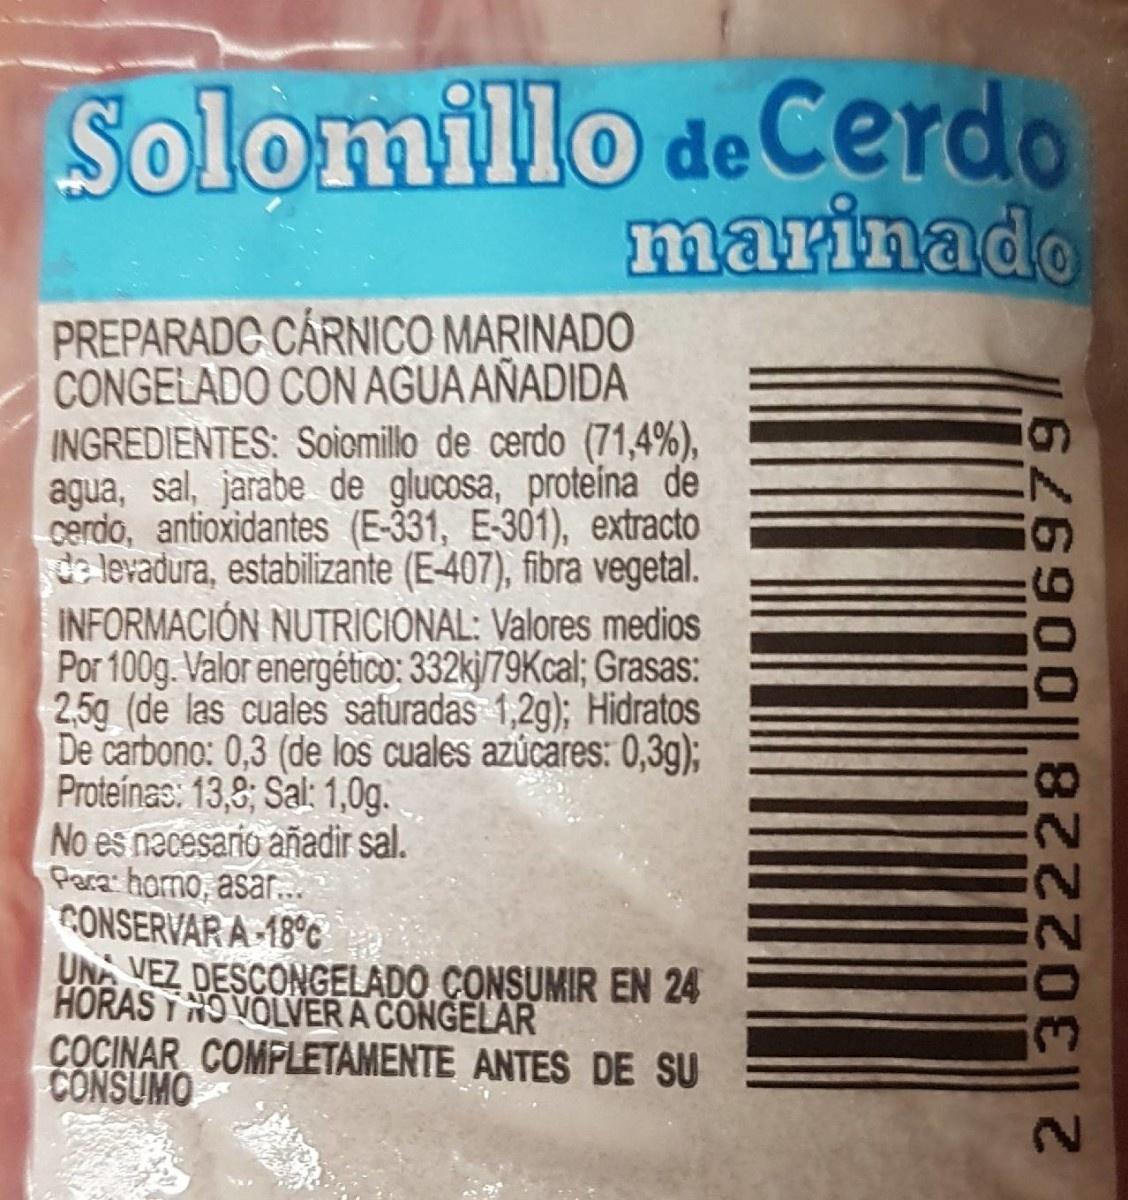
Solomillo de Cerdo marinado
PREPARADC CÁRNICO MARINADO CONGELADO CON AGUA AÑADIDA INGREDIENTES: Soiomillo de cerdo (71,4%), agua, sal, jarabe de glucosa, proteina de cerdo, antioxidantes (E-331, E-301), extracto de levadura, estabilizante (E-407), fibra vegetal. INFORMACIÓN NUTRICIONAL: Valores medios Por 100g. Valor energético: 332kj/79Kcal; Grasas: 2,5g (de las cuales saturadas 1,2g); Hidratos De carbono: 0,3 (de los cuales azúcares: 0,3g); Proteínas: 13,8; Sal: 1,0g. No es necesario añadir sal. Para homo, asar.. CONSERVAR A-18°c UNA VEZ DESCONGELADO CONSUMIR EN 24 HORAS HO VOLVER A CONGELAR ÇOCINAR COMPLETAMENTE ANTES DE SU CONSUMO
2.